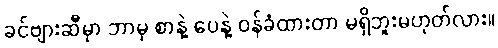
ခင်ဗျားဆီမှာ ဘာမှ စာနဲ့ ပေနဲ့ ဝန်ခံထားတာ မရှိဘူးမဟုတ်လား။